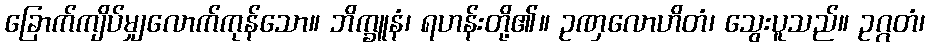
ခြောက်ကျိပ်မျှလောက်ကုန်သော။ ဘိက္ခူနံ၊ ရဟန်းတို့၏။ ဥဏှလောဟိတံ၊ သွေးပူသည်။ ဥဂ္ဂတံ၊